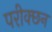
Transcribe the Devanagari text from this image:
परीक्छन